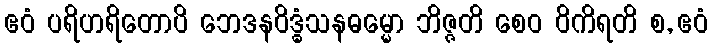
ဧဝံ ပရိဟရိတောပိ ဘေဒနဝိဒ္ဓံသနဓမ္မော ဘိဇ္ဇတိ စေဝ ဝိကိရတိ စ, ဧဝံ